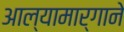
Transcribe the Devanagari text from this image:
आल्यामार्गाने